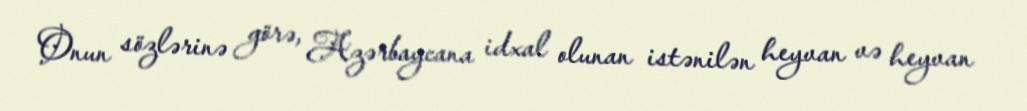
Onun sözlərinə görə, Azərbaycana idxal olunan istənilən heyvan və heyvan